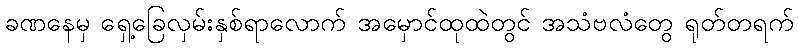
ခဏနေမှ ရှေ့ခြေလှမ်းနှစ်ရာလောက် အမှောင်ထုထဲတွင် အသံဗလံတွေ ရုတ်တရက်